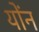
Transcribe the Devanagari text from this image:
योंन